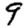
Digit: 9